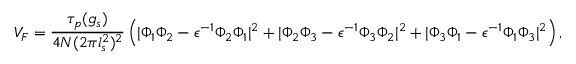
V _ { F } = \frac { \tau _ { p } ( g _ { s } ) } { 4 N ( 2 \pi l _ { s } ^ { 2 } ) ^ { 2 } } \left( | \Phi _ { 1 } \Phi _ { 2 } - \epsilon ^ { - 1 } \Phi _ { 2 } \Phi _ { 1 } | ^ { 2 } + | \Phi _ { 2 } \Phi _ { 3 } - \epsilon ^ { - 1 } \Phi _ { 3 } \Phi _ { 2 } | ^ { 2 } + | \Phi _ { 3 } \Phi _ { 1 } - \epsilon ^ { - 1 } \Phi _ { 1 } \Phi _ { 3 } | ^ { 2 } \right) ,